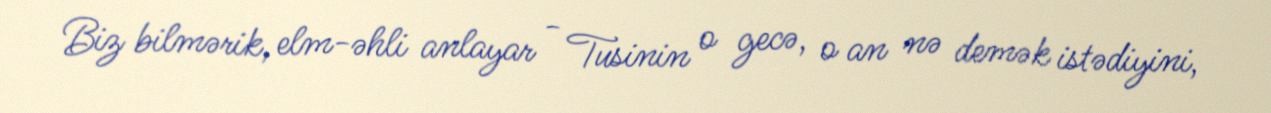
Biz bilmərik, elm-əhli anlayar - Tusinin o gecə, o an nə demək istədiyini,